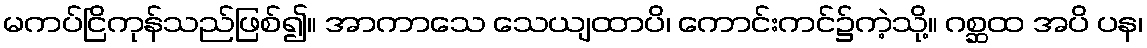
မကပ်ငြိကုန်သည်ဖြစ်၍။ အာကာသေ သေယျထာပိ၊ ကောင်းကင်၌ကဲ့သို့။ ဂစ္ဆထ အပိ ပန၊